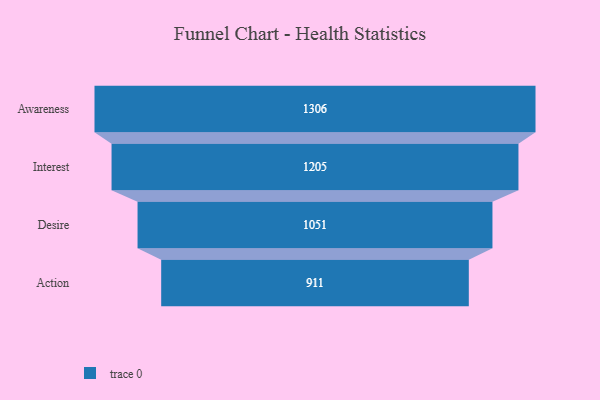
{"axis": {"x": "Stage", "y": "Value"}, "legend": [""], "data": [{"x": "Awareness", "y": 1306.0, "type": ""}, {"x": "Interest", "y": 1205.0, "type": ""}, {"x": "Desire", "y": 1051.0, "type": ""}, {"x": "Action", "y": 911.0, "type": ""}]}